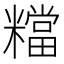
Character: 𥼽